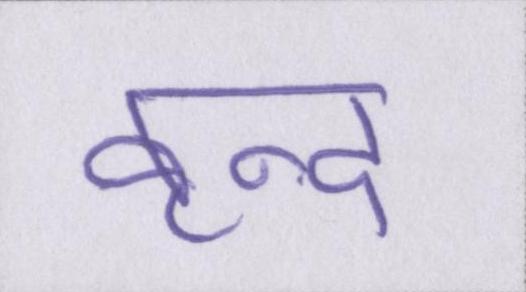
वृन्द